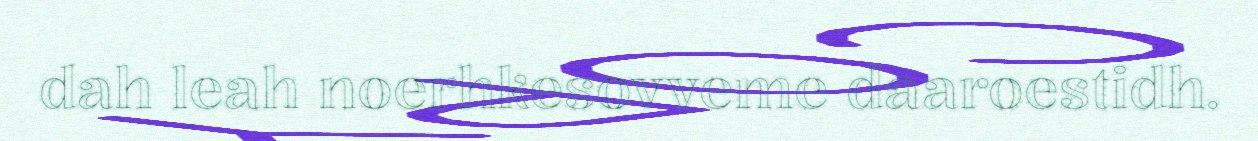
dah leah noerhkesovveme daaroestidh.